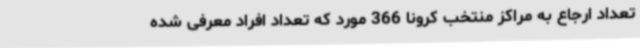
تعداد ارجاع به مراکز منتخب کرونا 366 مورد که تعداد افراد معرفی شده